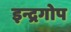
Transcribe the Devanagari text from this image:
इन्द्रगोप